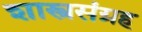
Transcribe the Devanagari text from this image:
शास्त्रसंग्रह